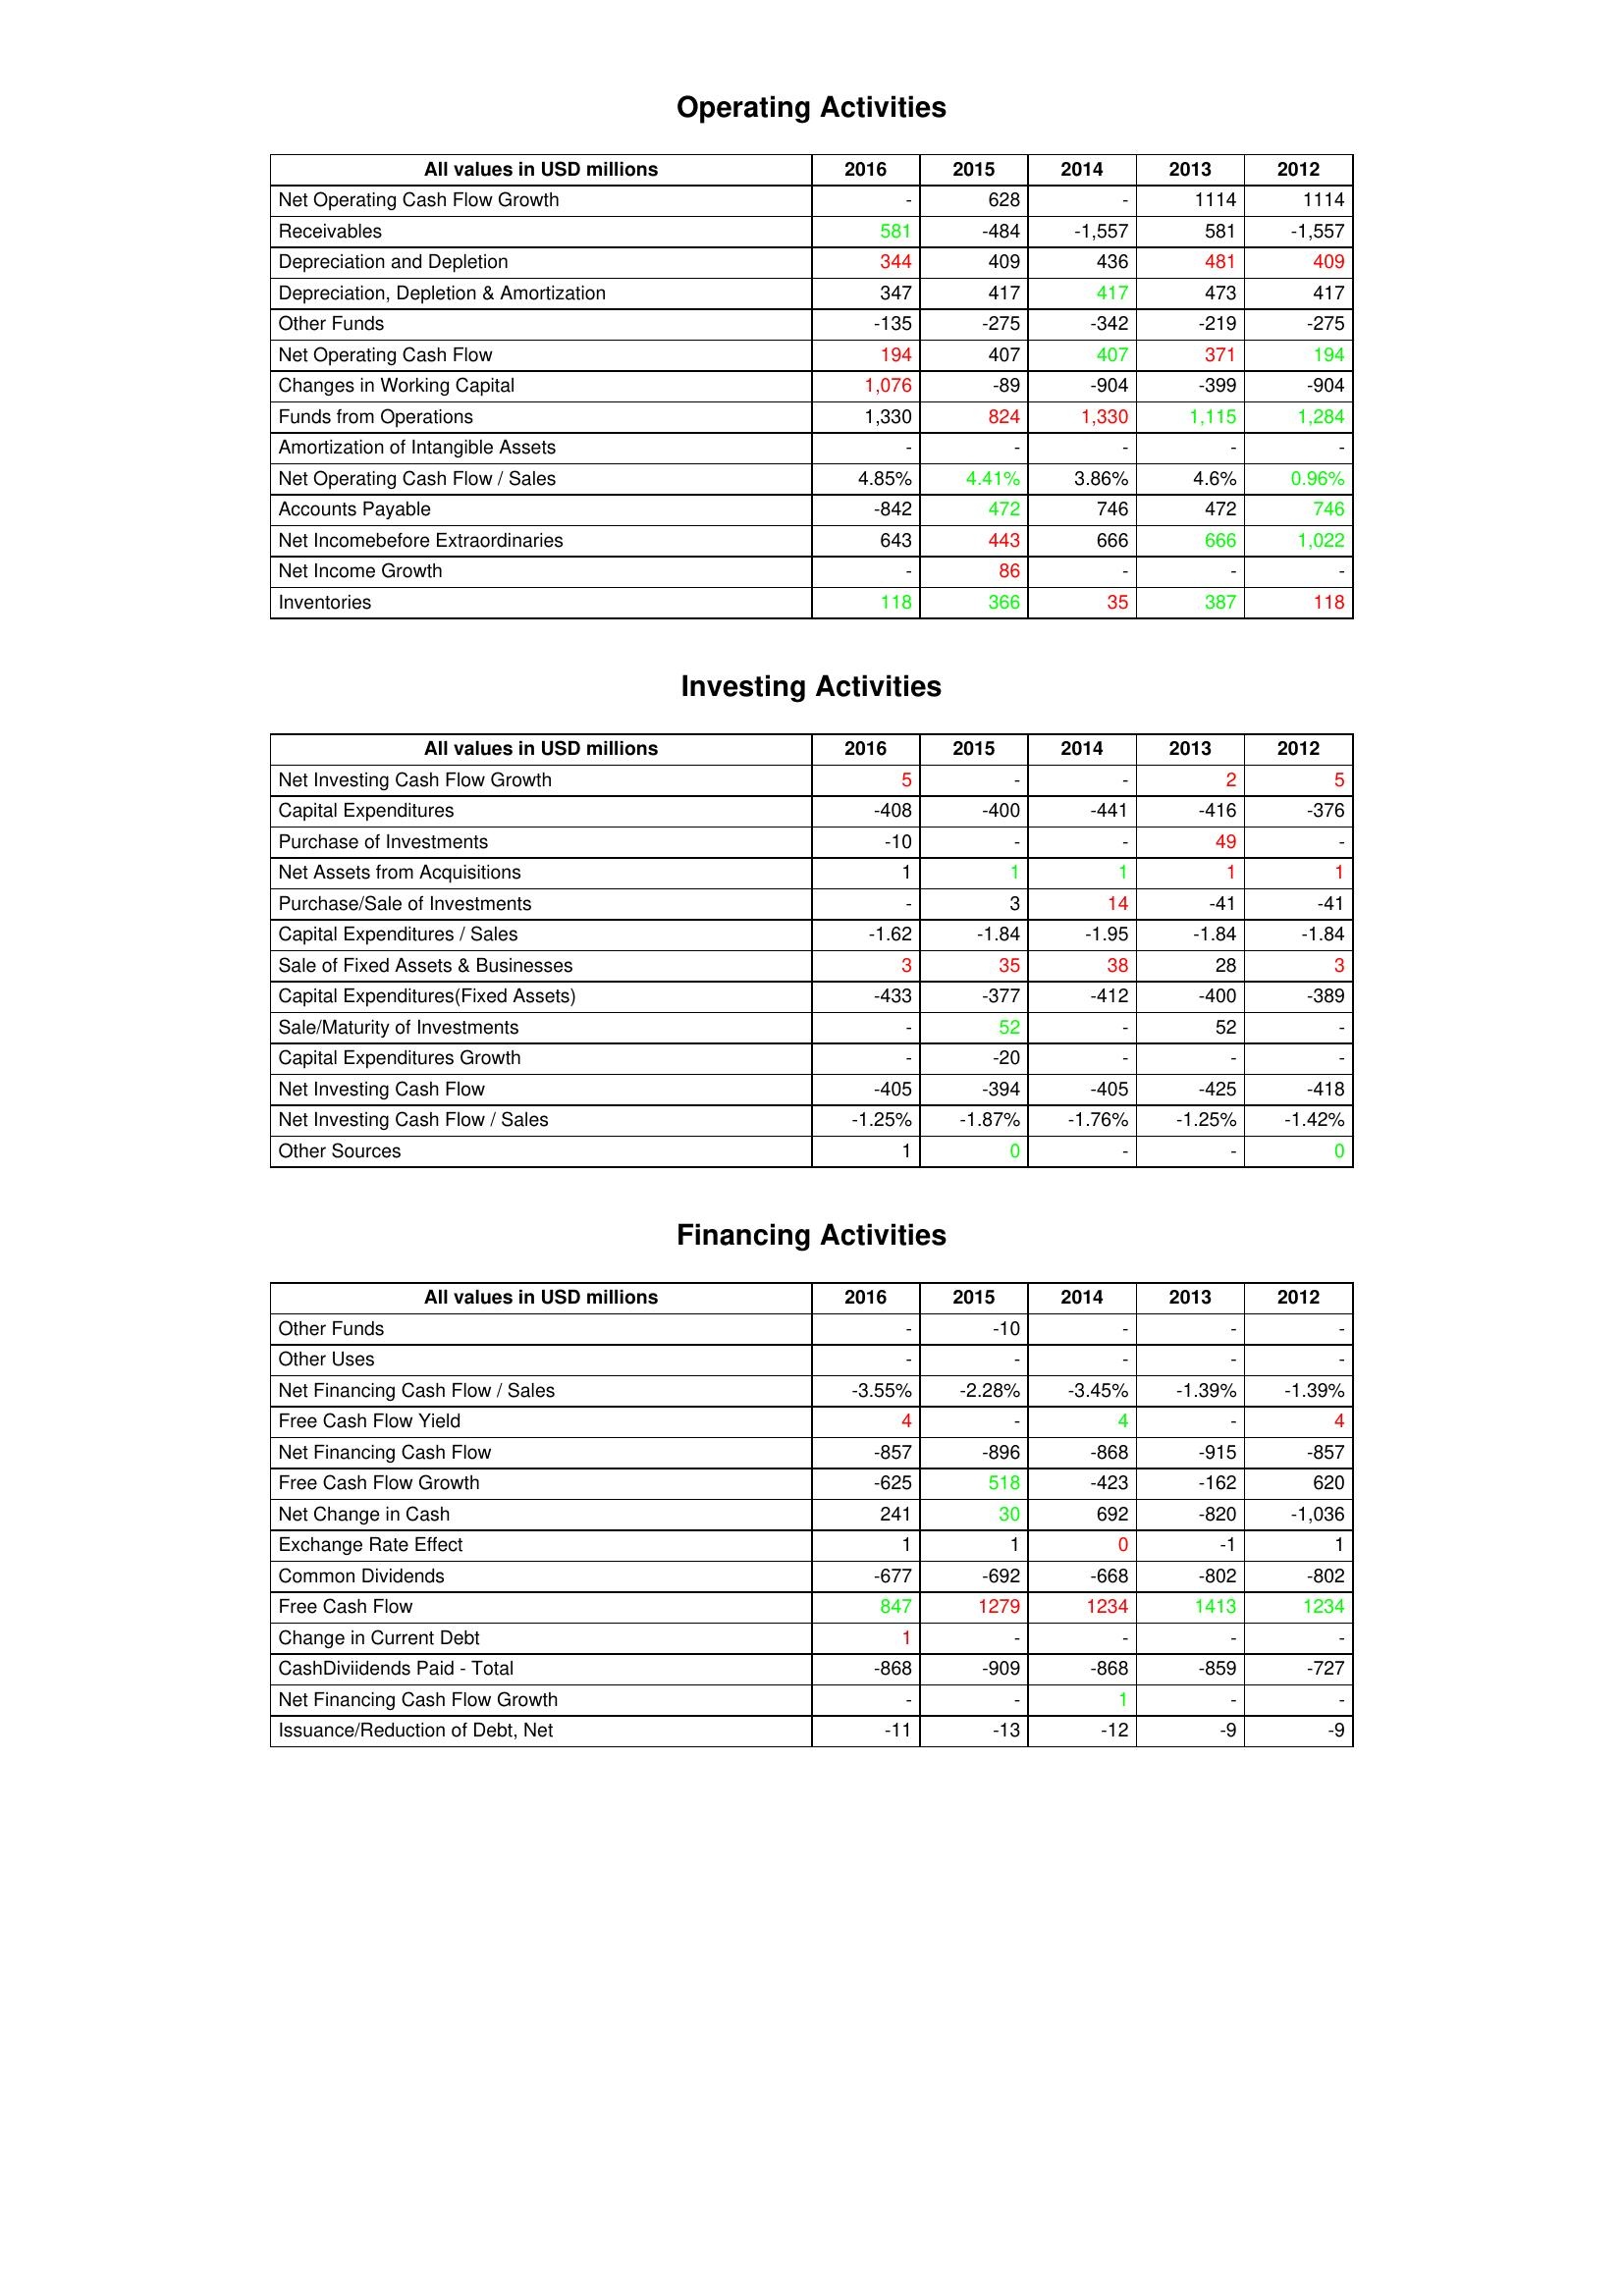
gt_parse: 2016: Operating Activities: Net Operating Cash Flow Growth: -
Receivables: 581
Depreciation and Depletion: 344
Depreciation, Depletion & Amortization: 347
Other Funds: -135
Net Operating Cash Flow: 194
Changes in Working Capital: 1,076
Funds from Operations: 1,330
Amortization of Intangible Assets: -
Net Operating Cash Flow / Sales: 4.85%
Accounts Payable: -842
Net Incomebefore Extraordinaries: 643
Net Income Growth: -
Inventories: 118
Investing Activities: Net Investing Cash Flow Growth: 5
Capital Expenditures: -408
Purchase of Investments: -10
Net Assets from Acquisitions: 1
Purchase/Sale of Investments: -
Capital Expenditures / Sales: -1.62
Sale of Fixed Assets & Businesses: 3
Capital Expenditures(Fixed Assets): -433
Sale/Maturity of Investments: -
Capital Expenditures Growth: -
Net Investing Cash Flow: -405
Net Investing Cash Flow / Sales: -1.25%
Other Sources: 1
Financing Activities: Other Funds: -
Other Uses: -
Net Financing Cash Flow / Sales: -3.55%
Free Cash Flow Yield: 4
Net Financing Cash Flow: -857
Free Cash Flow Growth: -625
Net Change in Cash: 241
Exchange Rate Effect: 1
Common Dividends: -677
Free Cash Flow: 847
Change in Current Debt: 1
CashDiviidends Paid - Total: -868
Net Financing Cash Flow Growth: -
Issuance/Reduction of Debt, Net: -11
2015: Operating Activities: Net Operating Cash Flow Growth: 628
Receivables: -484
Depreciation and Depletion: 409
Depreciation, Depletion & Amortization: 417
Other Funds: -275
Net Operating Cash Flow: 407
Changes in Working Capital: -89
Funds from Operations: 824
Amortization of Intangible Assets: -
Net Operating Cash Flow / Sales: 4.41%
Accounts Payable: 472
Net Incomebefore Extraordinaries: 443
Net Income Growth: 86
Inventories: 366
Investing Activities: Net Investing Cash Flow Growth: -
Capital Expenditures: -400
Purchase of Investments: -
Net Assets from Acquisitions: 1
Purchase/Sale of Investments: 3
Capital Expenditures / Sales: -1.84
Sale of Fixed Assets & Businesses: 35
Capital Expenditures(Fixed Assets): -377
Sale/Maturity of Investments: 52
Capital Expenditures Growth: -20
Net Investing Cash Flow: -394
Net Investing Cash Flow / Sales: -1.87%
Other Sources: 0
Financing Activities: Other Funds: -10
Other Uses: -
Net Financing Cash Flow / Sales: -2.28%
Free Cash Flow Yield: -
Net Financing Cash Flow: -896
Free Cash Flow Growth: 518
Net Change in Cash: 30
Exchange Rate Effect: 1
Common Dividends: -692
Free Cash Flow: 1279
Change in Current Debt: -
CashDiviidends Paid - Total: -909
Net Financing Cash Flow Growth: -
Issuance/Reduction of Debt, Net: -13
2014: Operating Activities: Net Operating Cash Flow Growth: -
Receivables: -1,557
Depreciation and Depletion: 436
Depreciation, Depletion & Amortization: 417
Other Funds: -342
Net Operating Cash Flow: 407
Changes in Working Capital: -904
Funds from Operations: 1,330
Amortization of Intangible Assets: -
Net Operating Cash Flow / Sales: 3.86%
Accounts Payable: 746
Net Incomebefore Extraordinaries: 666
Net Income Growth: -
Inventories: 35
Investing Activities: Net Investing Cash Flow Growth: -
Capital Expenditures: -441
Purchase of Investments: -
Net Assets from Acquisitions: 1
Purchase/Sale of Investments: 14
Capital Expenditures / Sales: -1.95
Sale of Fixed Assets & Businesses: 38
Capital Expenditures(Fixed Assets): -412
Sale/Maturity of Investments: -
Capital Expenditures Growth: -
Net Investing Cash Flow: -405
Net Investing Cash Flow / Sales: -1.76%
Other Sources: -
Financing Activities: Other Funds: -
Other Uses: -
Net Financing Cash Flow / Sales: -3.45%
Free Cash Flow Yield: 4
Net Financing Cash Flow: -868
Free Cash Flow Growth: -423
Net Change in Cash: 692
Exchange Rate Effect: 0
Common Dividends: -668
Free Cash Flow: 1234
Change in Current Debt: -
CashDiviidends Paid - Total: -868
Net Financing Cash Flow Growth: 1
Issuance/Reduction of Debt, Net: -12
2013: Operating Activities: Net Operating Cash Flow Growth: 1114
Receivables: 581
Depreciation and Depletion: 481
Depreciation, Depletion & Amortization: 473
Other Funds: -219
Net Operating Cash Flow: 371
Changes in Working Capital: -399
Funds from Operations: 1,115
Amortization of Intangible Assets: -
Net Operating Cash Flow / Sales: 4.6%
Accounts Payable: 472
Net Incomebefore Extraordinaries: 666
Net Income Growth: -
Inventories: 387
Investing Activities: Net Investing Cash Flow Growth: 2
Capital Expenditures: -416
Purchase of Investments: 49
Net Assets from Acquisitions: 1
Purchase/Sale of Investments: -41
Capital Expenditures / Sales: -1.84
Sale of Fixed Assets & Businesses: 28
Capital Expenditures(Fixed Assets): -400
Sale/Maturity of Investments: 52
Capital Expenditures Growth: -
Net Investing Cash Flow: -425
Net Investing Cash Flow / Sales: -1.25%
Other Sources: -
Financing Activities: Other Funds: -
Other Uses: -
Net Financing Cash Flow / Sales: -1.39%
Free Cash Flow Yield: -
Net Financing Cash Flow: -915
Free Cash Flow Growth: -162
Net Change in Cash: -820
Exchange Rate Effect: -1
Common Dividends: -802
Free Cash Flow: 1413
Change in Current Debt: -
CashDiviidends Paid - Total: -859
Net Financing Cash Flow Growth: -
Issuance/Reduction of Debt, Net: -9
2012: Operating Activities: Net Operating Cash Flow Growth: 1114
Receivables: -1,557
Depreciation and Depletion: 409
Depreciation, Depletion & Amortization: 417
Other Funds: -275
Net Operating Cash Flow: 194
Changes in Working Capital: -904
Funds from Operations: 1,284
Amortization of Intangible Assets: -
Net Operating Cash Flow / Sales: 0.96%
Accounts Payable: 746
Net Incomebefore Extraordinaries: 1,022
Net Income Growth: -
Inventories: 118
Investing Activities: Net Investing Cash Flow Growth: 5
Capital Expenditures: -376
Purchase of Investments: -
Net Assets from Acquisitions: 1
Purchase/Sale of Investments: -41
Capital Expenditures / Sales: -1.84
Sale of Fixed Assets & Businesses: 3
Capital Expenditures(Fixed Assets): -389
Sale/Maturity of Investments: -
Capital Expenditures Growth: -
Net Investing Cash Flow: -418
Net Investing Cash Flow / Sales: -1.42%
Other Sources: 0
Financing Activities: Other Funds: -
Other Uses: -
Net Financing Cash Flow / Sales: -1.39%
Free Cash Flow Yield: 4
Net Financing Cash Flow: -857
Free Cash Flow Growth: 620
Net Change in Cash: -1,036
Exchange Rate Effect: 1
Common Dividends: -802
Free Cash Flow: 1234
Change in Current Debt: -
CashDiviidends Paid - Total: -727
Net Financing Cash Flow Growth: -
Issuance/Reduction of Debt, Net: -9